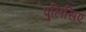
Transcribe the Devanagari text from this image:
पुलिसिए